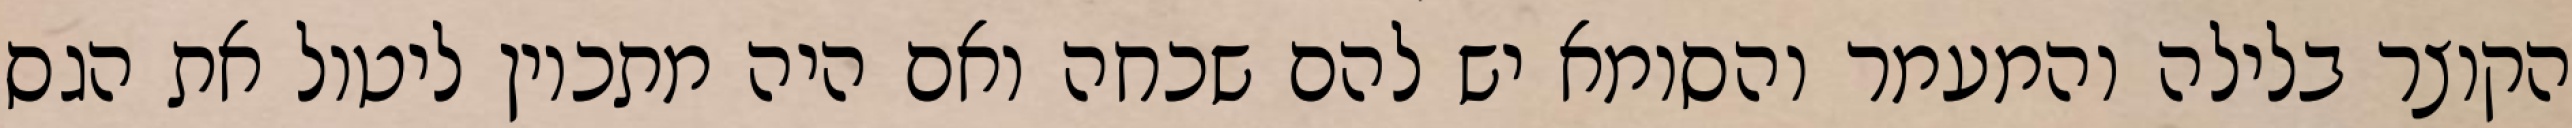
הקוצר בלילה והמעמר והסומא יש להם שכחה ואם היה מתכוין ליטול את הגס